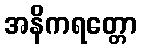
အနိကရတ္တော